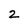
Character: 2